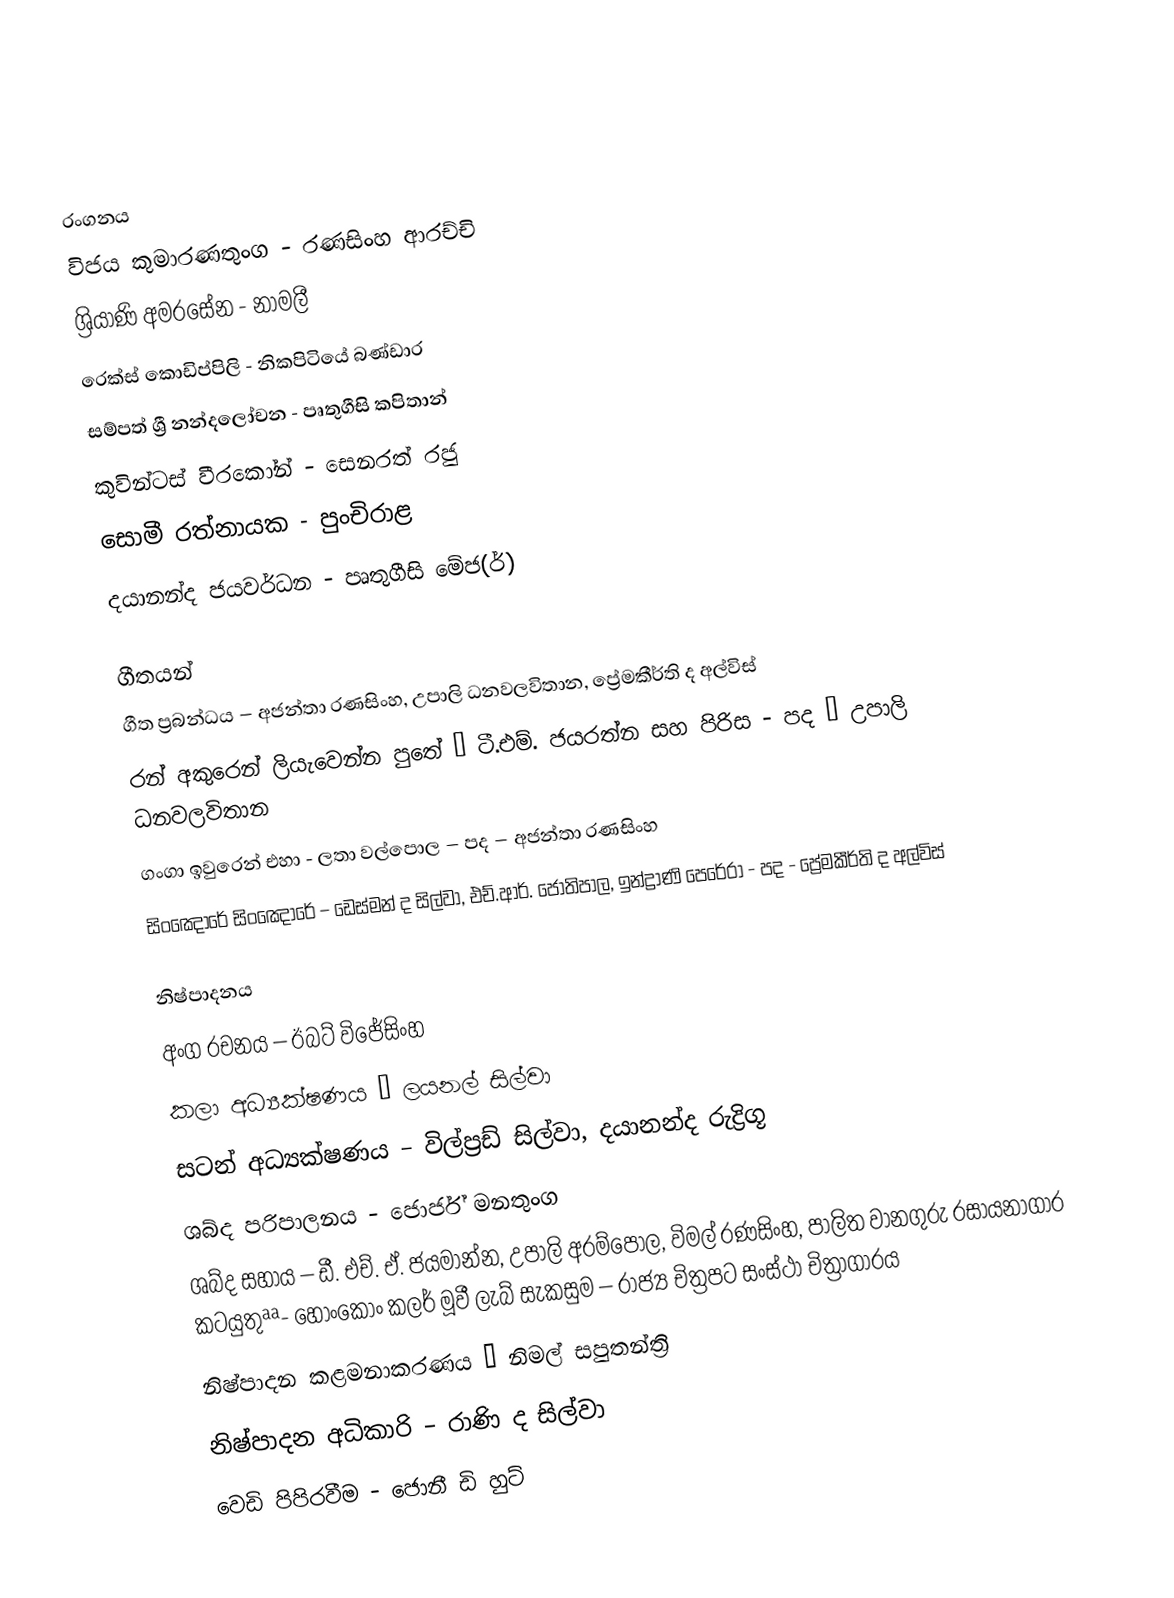

රංගනය
විජය කුමාරණතුංග - රණසිංහ ආරච්චි
ශ්‍රියාණි අමරසේන - නාමලී
රෙක්ස් කොඩිප්පිලි - නිකපිටියේ බණ්ඩාර
සම්පත් ශ්‍රී නන්දලෝචන - පෘතුගීසි කපිතාන්
කුවින්ටස් වීරකෝන් - සෙනරත් රජු
සොමී රත්නායක - පුංචිරාළ
දයානන්ද ජයවර්ධන - පෘතුගීසි මේජ(ර්)

ගීතයන්
ගීත ප්‍රබන්ධය – අජන්තා රණසිංහ, උපාලි ධනවලවිතාන, ප්‍රේමකීර්ති ද අල්විස්
 රන් අකුරෙන් ලියැවෙන්න පුතේ – ටී.එම්. ජයරත්න සහ පිරිස - පද – උපාලි ධනවලවිතාන
 ගංගා ඉවුරෙන් එහා - ලතා වල්පොල – පද – අජන්තා රණසිංහ
 සිංඤෝරේ සිංඤෝරේ – ඩෙස්මන් ද සිල්වා, එච්.ආර්. ජෝතිපාල, ඉන්ද්‍රාණි පෙරේරා - පද - ප්‍රේමකීර්ති ද අල්විස්

නිෂ්පාදනය
අංග රචනය – ඊබට් විජේසිංහ
කලා අධ්‍යක්ෂණය – ලයනල් සිල්වා
සටන් අධ්‍යක්ෂණය – විල්ප්‍රඩ් සිල්වා, දයානන්ද රුද්‍රිගූ
ශබ්ද පරිපාලනය - ජොර්ජ් මනතුංග
ශබ්ද සහාය – ඩී. එච්. ඒ. ජයමාන්න, උපාලි අරම්පොල, විමල් රණසිංහ, පාලිත වානගුරු රසායනාගාර කටයුතුªª- හොංකොං කලර් මූවී ලැබ් සැකසුම – රාජ්‍ය චිත්‍රපට සංස්ථා චිත්‍රාගාරය
නිෂ්පාදන කළමනාකරණය – නිමල් සපුතන්ත්‍රි
නිෂ්පාදන අධිකාරි – රාණි ද සිල්වා
වෙඩි පිපිරවීම - ජොනී ඩි හුට්